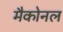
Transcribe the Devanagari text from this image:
मैकोनल